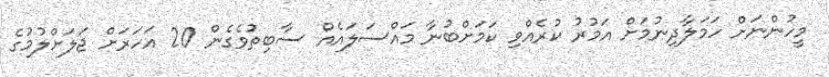
މީހުންނަށް ހަމަލާދިނުމަށް އަމުރު ކުރެއްވި ކަމަށްބުނާ މައްސަލައެއް ސާބިތުވެގެން 20 އަހަރަށް ޖަލަށްލުމުގެ